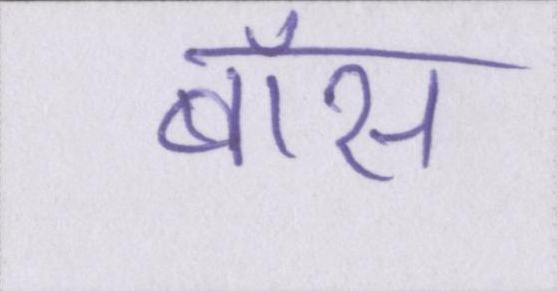
बॉस